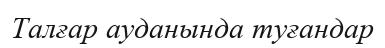
Талғар ауданында туғандар